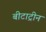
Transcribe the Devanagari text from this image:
बीटाट्रीन